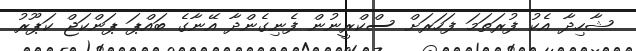
ޝާހިދާ އެކު ފުރަތަމަ ފަހަރަށް ސްކްރީނުން ފެނިގެންދާ އޭނާގެ ބައްޕަ ޕަންކަޖް ކަޕޫރު